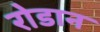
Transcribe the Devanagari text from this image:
रोडान